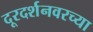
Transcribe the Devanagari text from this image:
दूरदर्शनवरच्या